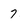
Character: 7